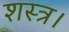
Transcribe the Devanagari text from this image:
शस्त्र।